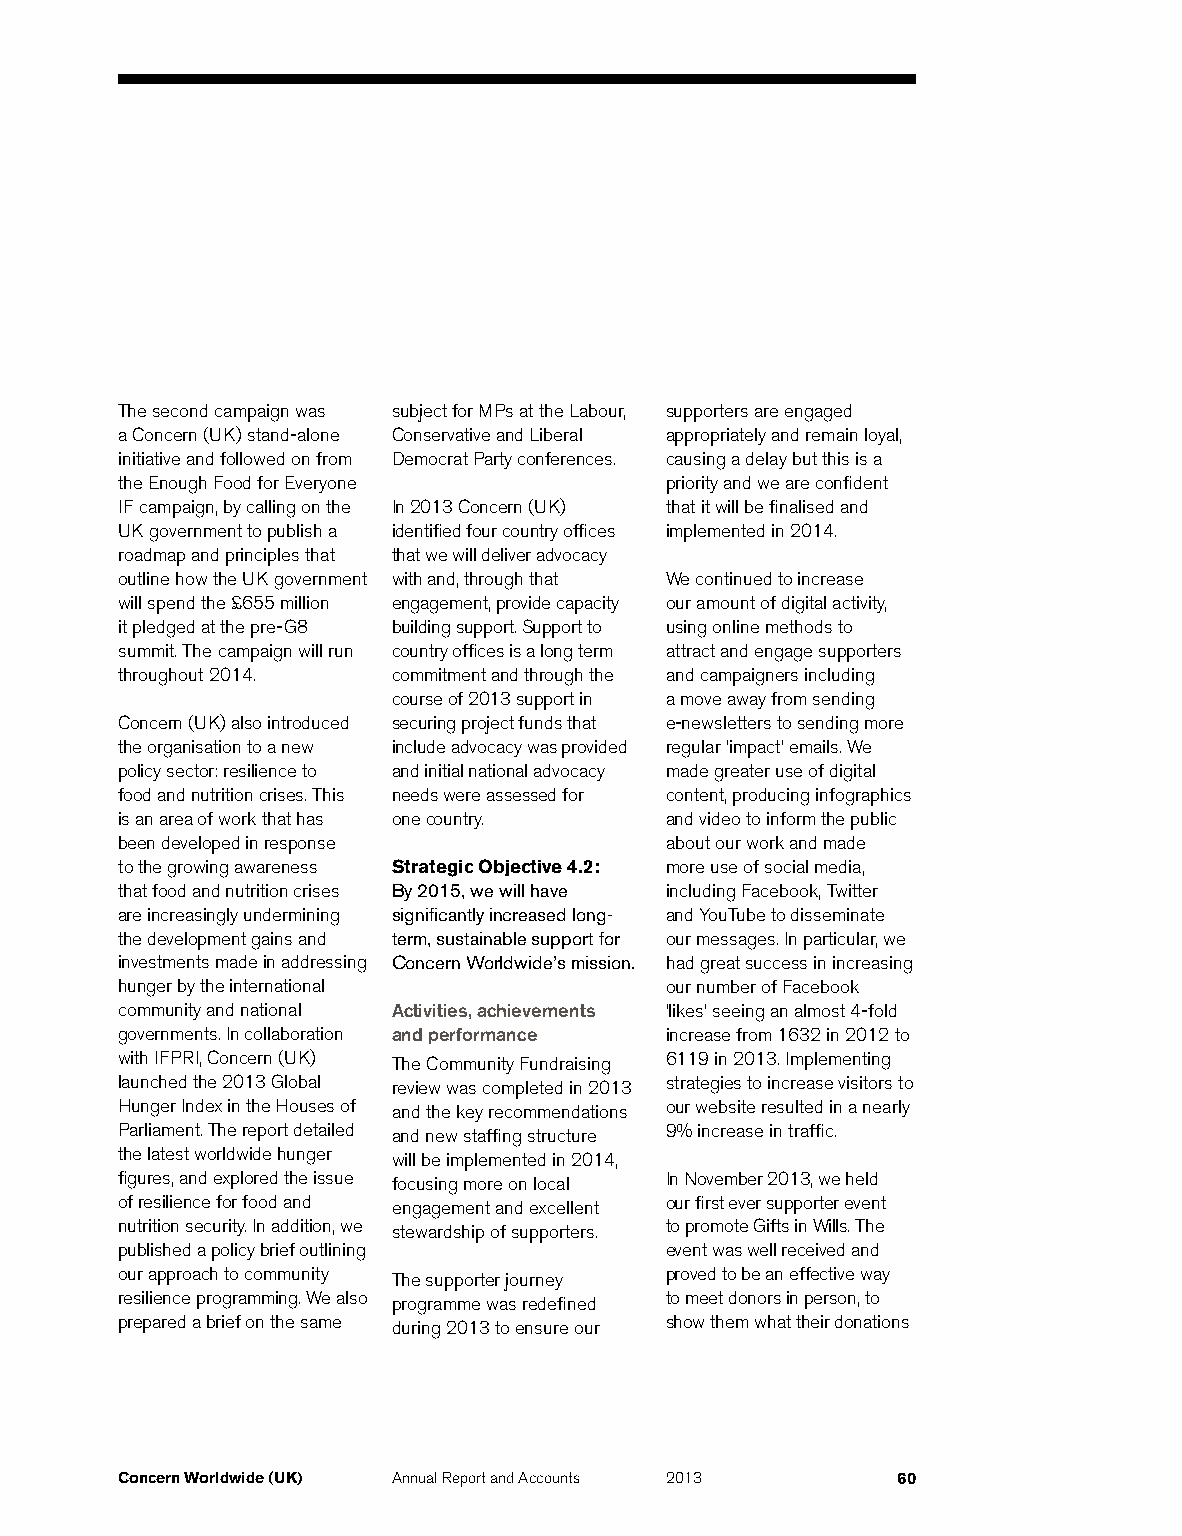
The second campaign was subject for MPs at the Labour, supporters are engaged
 a Concern (UK) stand-alone Conservative and Liberal appropriately and remain loyal,
 initiative and followed on from Democrat Party conferences. causing a delay but this is a
 the Enough Food for Everyone        priority and we are confident
 IF campaign, by calling on the In 2013 Concern (UK) that it will be finalised and
 UK government to publish a identified four country offices implemented in 2014.
 roadmap and principles that that we will deliver advocacy
 outline how the UK government with and, through that We continued to increase
 will spend the £655 million engagement, provide capacity our amount of digital activity,
 it pledged at the pre-G8 building support. Support to using online methods to
 summit. The campaign will run country offices is a long term attract and engage supporters
 throughout 2014.  commitment and through the and campaigners including
 course of 2013 support in a move away from sending
 Concern (UK) also introduced securing project funds that e-newsletters to sending more
 the organisation to a new include advocacy was provided regular ‘impact’ emails. We
 policy sector: resilience to and initial national advocacy made greater use of digital
 food and nutrition crises. This needs were assessed for content, producing infographics
 is an area of work that has one country. and video to inform the public
 been developed in response          about our work and made
 to the growing awareness Strategic Objective 4.2: more use of social media,
 that food and nutrition crises By 2015, we will have including Facebook, Twitter
 are increasingly undermining significantly increased long- and YouTube to disseminate
 the development gains and term, sustainable support for our messages. In particular, we
 investments made in addressing Concern Worldwide’s mission. had great success in increasing
 hunger by the international         our number of Facebook
 community and national Activities, achievements ‘likes’ seeing an almost 4-fold
 governments. In collaboration and performance increase from 1632 in 2012 to
 with IFPRI, Concern (UK) The Community Fundraising 6119 in 2013. Implementing
 launched the 2013 Global review was completed in 2013 strategies to increase visitors to
 Hunger Index in the Houses of and the key recommendations our website resulted in a nearly
 Parliament. The report detailed and new staffing structure 9% increase in traffic.
 the latest worldwide hunger will be implemented in 2014,
 figures, and explored the issue focusing more on local In November 2013, we held
 of resilience for food and engagement and excellent our first ever supporter event
 nutrition security. In addition, we stewardship of supporters. to promote Gifts in Wills. The
 published a policy brief outlining  event was well received and
 our approach to community The supporter journey proved to be an effective way
 resilience programming. We also programme was redefined to meet donors in person, to
 prepared a brief on the same during 2013 to ensure our show them what their donations
 Concern Worldwide (UK) Annual Report and Accounts 2013 60